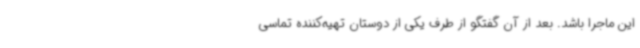
این ماجرا باشد. بعد از آن گفتگو از طرف یکی از دوستان تهیه‌کننده تماسی